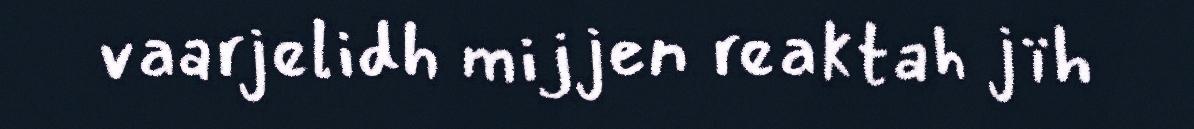
vaarjelidh mijjen reaktah jïh